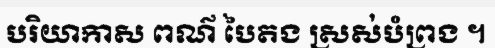
បរិយាកាស ពណ៌ បៃតង ស្រស់បំព្រង ។